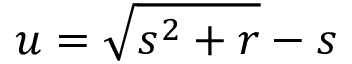
u = \sqrt { s ^ { 2 } + r } - s